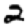
Digit: 2